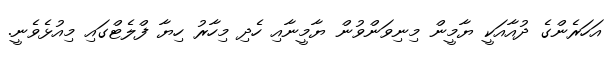
އަހަރެންގެ ދުއާއަކީ ޔާމީން މިނިވަންވުން ޔާމީނާއި ހެދި މިހާރު ހިޔާ ފްލެޓްގައި މިއުޅެވެނީ.